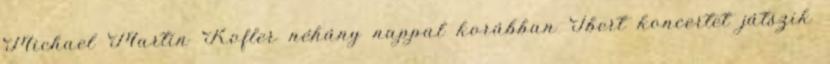
Michael Martin Kofler néhány nappal korábban Ibert koncertet játszik